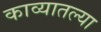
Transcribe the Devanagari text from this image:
काव्यातल्या